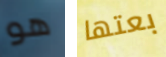
هو بعتها